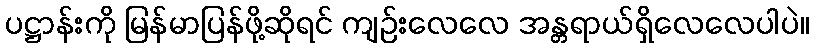
ပဋ္ဌာန်းကို မြန်မာပြန်ဖို့ဆိုရင် ကျဉ်းလေလေ အန္တရာယ်ရှိလေလေပါပဲ။